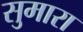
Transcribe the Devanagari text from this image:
सुमारा